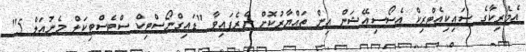
އެމެރިކާގެ ސައިކިއެޓްރިކް އެސޯސިއޭޝަން އިން ތައްޔާރުކޮށް ނެރެފައިވާ "ޑައިގްނޯސްޓިކް ސްޓެސްޓިކަލް މެނުއަލް 5"